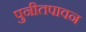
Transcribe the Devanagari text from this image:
पुनीतपावन